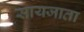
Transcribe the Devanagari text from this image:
सायजाता